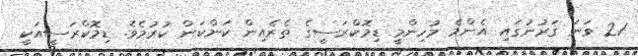
21 ވަނަ ޤަރުނުގައި އެންމެ މުހިންމީ ޑިމޮކްރަސީގެ ތެރެއިން ކަންކަން ކުރުމެވެ. ޑިމޮކްރަސީއަކީ